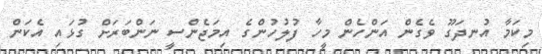
މިކަމާ އުނދަގޫ ވެގެން އަންހެން މީހާ ފުލުހުންގެ އިމަޖެންސީ ނަންބަރަށް ގުޅައި އެކަން